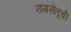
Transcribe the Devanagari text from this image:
रामसेतूची